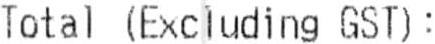
TOTAL (EXCLUDING GST) :